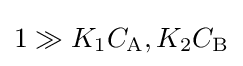
1\gg K_{1}C_{\mathrm {A} },K_{2}C_{\mathrm {B} }